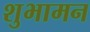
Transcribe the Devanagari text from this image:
शुभामन